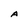
Character: A